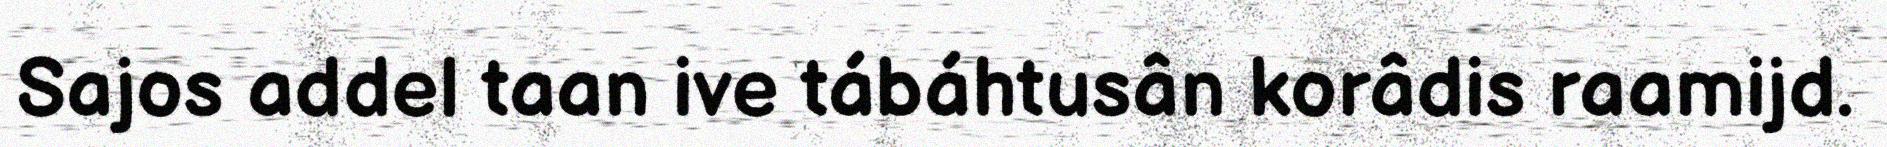
Sajos addel taan ive tábáhtusân korâdis raamijd.